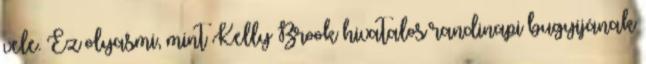
vele. Ez olyasmi, mint Kelly Brook hivatalos randinapi bugyijának